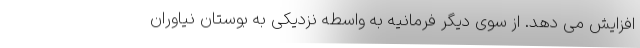
افزایش می دهد. از سوی دیگر فرمانیه به واسطه نزدیکی به بوستان نیاوران